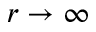
r \rightarrow \infty